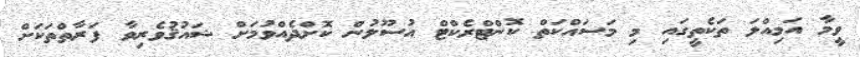
ވީމާ އަމިއްލަ ތަކެތީގައި މި މަސައްކަތް ކޮންޓްރެކްޓް އުސޫލުން ކޮށްދެއްވުމަށް ޝައުޤުވެރިވާ ފަރާތްތަކަށް